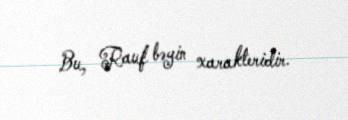
Bu, Rauf bəyin xarakteridir.